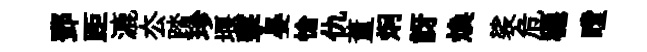
鄧距漉厺踏珍堰擊晏愴仇董炯訝焕裟危穩瞠